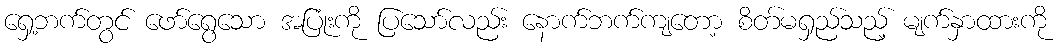
ရှေ့ဘက်တွင် ဖော်ရွေသော အပြုံးကို ပြသော်လည်း နောက်ဘက်ကျတော့ စိတ်မရှည်သည့် မျက်နှာထားကို